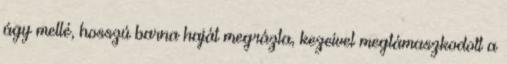
ágy mellé, hosszú barna haját megrázta, kezeivel megtámaszkodott a